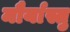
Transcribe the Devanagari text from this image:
मौर्यास्तु